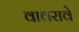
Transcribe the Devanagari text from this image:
वावरावे